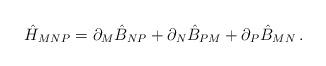
LaTeX: \begin{align*}\hat{H}_{MNP}=\partial _{M}\hat{B}_{NP}+\partial _{N}\hat{B}_{PM}+\partial_{P}\hat{B}_{MN}\,. \end{align*}